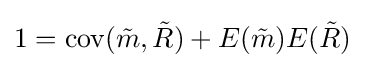
1=\operatorname {cov} ({\tilde {m}},{\tilde {R}})+E({\tilde {m}})E({\tilde {R}})